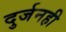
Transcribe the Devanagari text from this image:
दुर्जनही